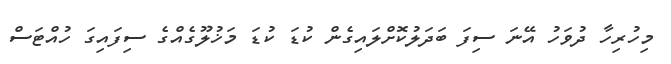
މިހުރިހާ ދުވަހު އޭނަ ސިފަ ބަދަލުކޮށްލައިގެން ކުޑަ ކުޑަ މަޚުލޫގެއްގެ ސިފައިގަ ހުއްޓަސް